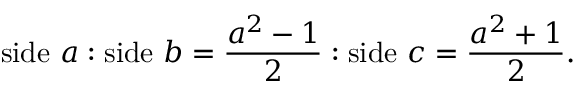
{ \mathrm { s i d e ~ } } a : { \mathrm { s i d e ~ } } b = { \frac { a ^ { 2 } - 1 } { 2 } } : { \mathrm { s i d e ~ } } c = { \frac { a ^ { 2 } + 1 } { 2 } } .